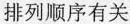
排列顺序有关